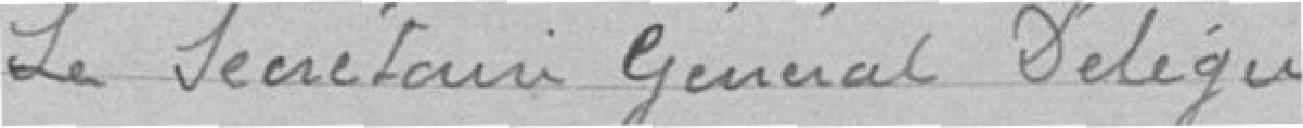
le secrétaire général délégué